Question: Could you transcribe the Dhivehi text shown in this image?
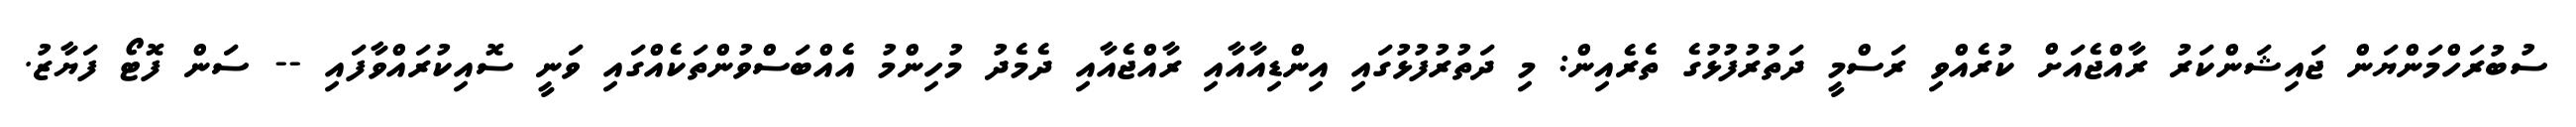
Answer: ސުބުރަހްމަންޔަން ޖައިޝަންކަރު ރާއްޖެއަށް ކުރެއްވި ރަސްމީ ދަތުރުފުޅުގެ ތެރެއިން: މި ދަތުރުފުޅުގައި އިންޑިއާއާއި ރާއްޖެއާއި ދެމެދު މުހިންމު އެއްބަސްވުންތަކެއްގައި ވަނީ ސޮއިކުރައްވާފައި -- ސަން ފޮޓޯ ފަޔާޒު.